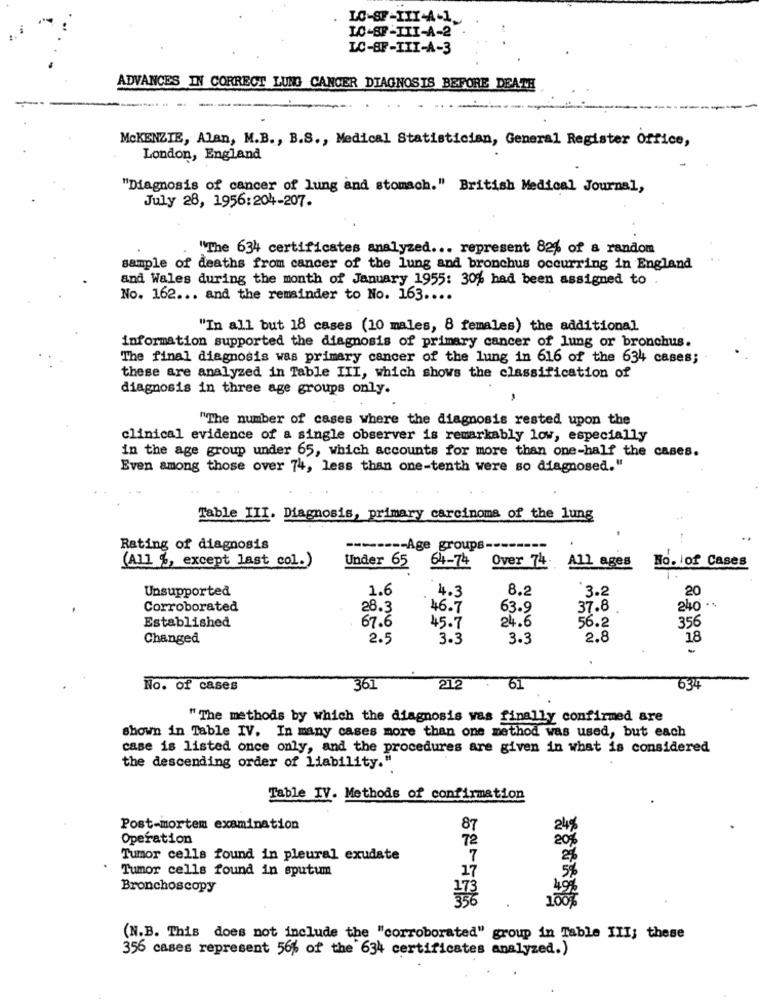
LO-SF-IL
LO-88-III-A-2
LC-BF-III-A-3
ADVANCES IN CORRECT LUNG CANCER DIAGNOSIS BEFORE DEATH
----
MCKENZIE, Alan, M.B ., B.S ., Medical Statistician, General Register Office,
London, England
"Diagnosis of cancer of lung and stomach." British Medical Journal,
July 28, 1956:204-207.
"The 634 certificates analyzed ... represent 82% of a random
sample of deaths from cancer of the lung and bronchus occurring in England
and Wales during the month of January 1955: 30% had been assigned to
No. 162 ... and the remainder to No. 163 ....
"In all but 18 cases (10 males, 8 females) the additional
information supported the diagnosis of primary cancer of lung or bronchus.
The final diagnosis was primary cancer of the lung in 616 of the 634 cases;
these are analyzed in Table III, which shows the classification of
diagnosis in three age groups only.
"The number of cases where the diagnosis rested upon the
clinical evidence of a single observer is remarkably low, especially
in the age group under 65, which accounts for more than one-half the cases.
Even among those over 74, less than one-tenth were so diagnosed."
Table III. Diagnosis, primary carcinoma of the lung
Rating of diagnosis
-------- Age groups --
No. iof Cases
(All %, except last col.)
Under 65 64-74 Over 74 All ages
Unsupported
1.6
4.3
8.2
3.2
20
Corroborated
28.3
46.7
63.9
37.8
240 .
24.6
56.2
356
Established
67.6
45.7
Changed
2.5
3.3
3.3
2.8
18
No. of cases
361
212
61
634
" The methods by which the diagnosis was finally confirmed are
shown in Table IV. In many cases more than one method was used, but each
case is listed once only, and the procedures are given in what is considered
the descending order of liability."
Table IV. Methods of confirmation
Post-mortem examination
87
24%
Operation
72
20%
Tumor cells found in pleural exudate
7
Tumor cells found in sputum
17
Bronchoscopy
(N.B. This does not include the "corroborated" group in Table III; these
356 cases represent 56% of the 634 certificates analyzed.)